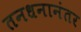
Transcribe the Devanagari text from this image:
तनधनानंतर